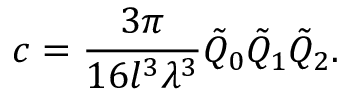
c = \frac { 3 \pi } { 1 6 l ^ { 3 } \lambda ^ { 3 } } \tilde { Q } _ { 0 } \tilde { Q } _ { 1 } \tilde { Q } _ { 2 } .